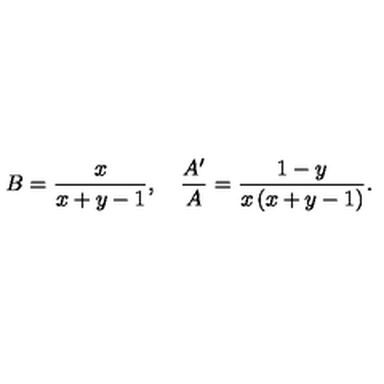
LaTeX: B = \frac { x } { x + y - 1 } , \quad \frac { A ^ { \prime } } { A } = \frac { 1 - y } { x \left( x + y - 1 \right) } .